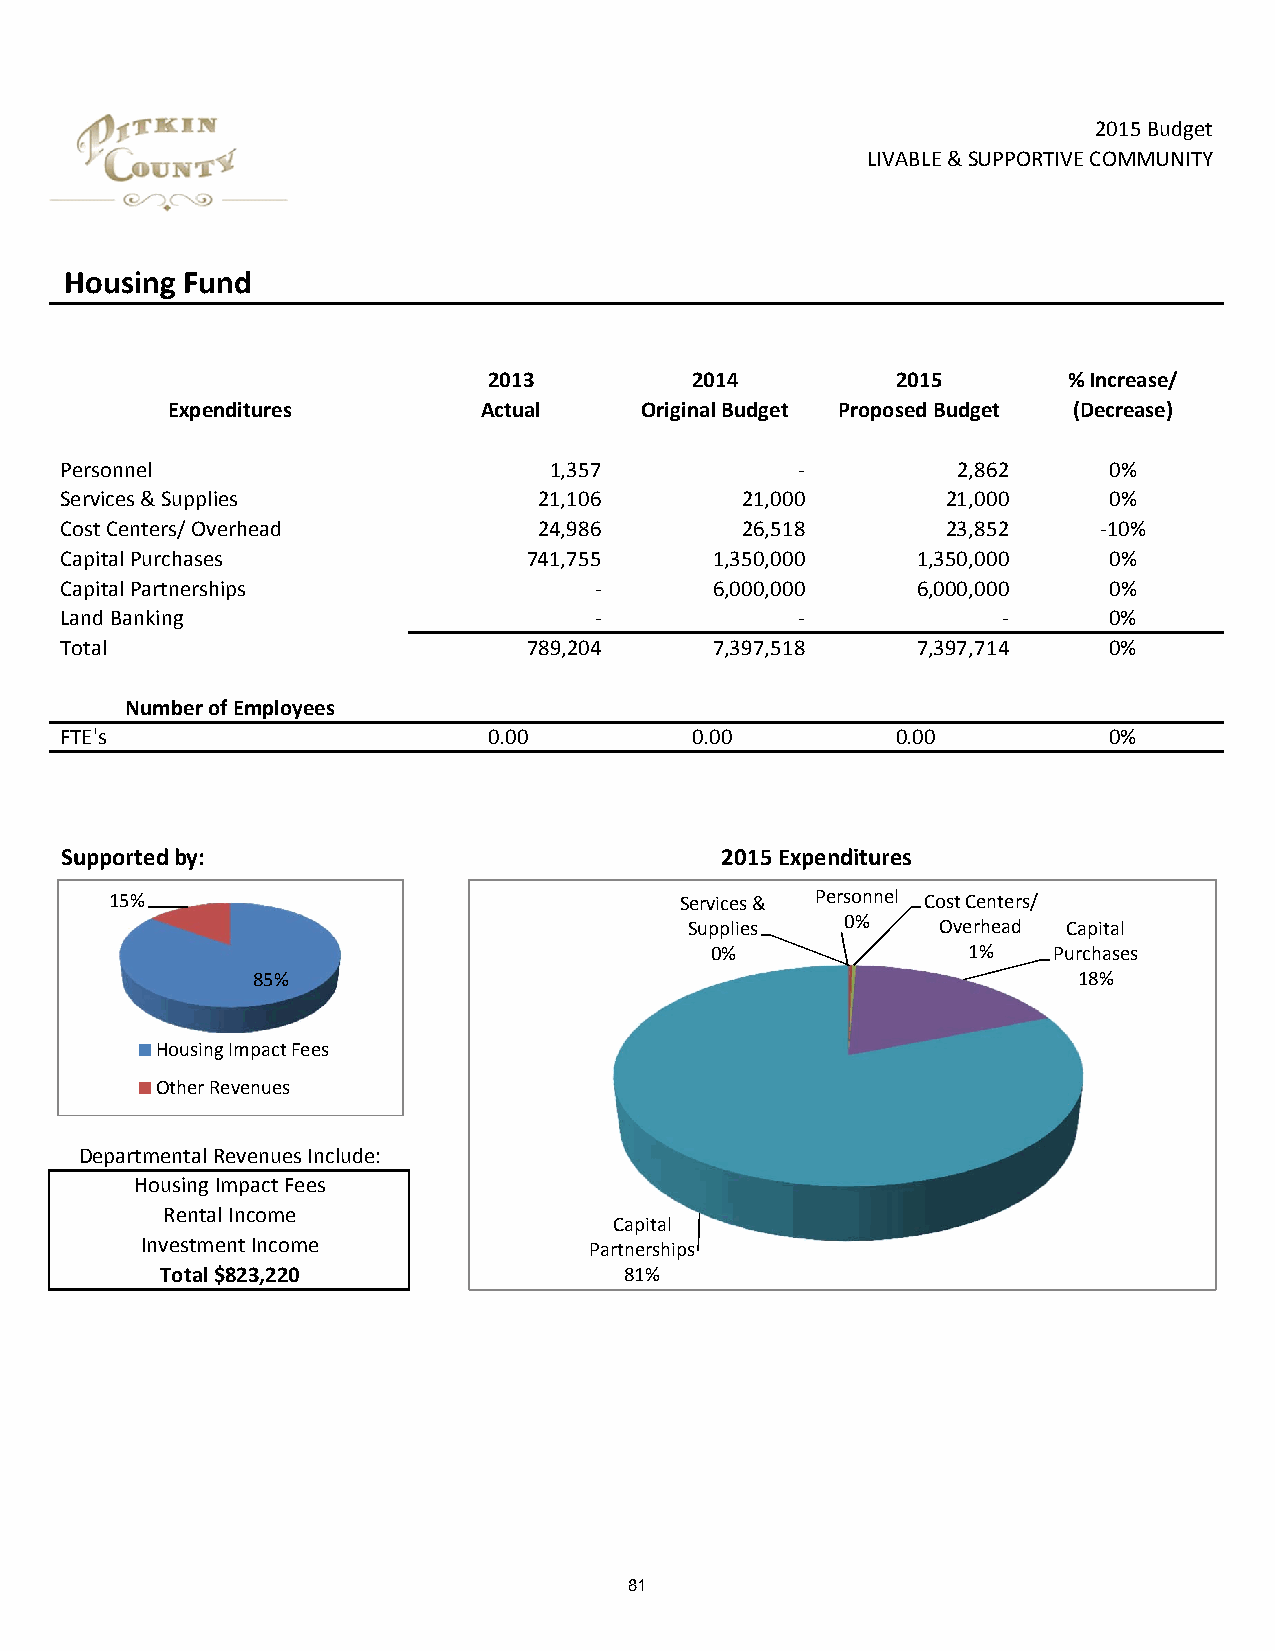
2015 Budget
 LIVABLE & SUPPORTIVE COMMUNITY
 Housing Fund
 2013          2014         2015        % Increase/
 Expenditures         Actual    Original Budget Proposed Budget (Decrease)
 Personnel                       1,357            ‐         2,862     0%
 Services & Supplies             21,106       21,000        21,000    0%
 Cost Centers/ Overhead          24,986       26,518        23,852    ‐10%
 Capital Purchases              741,755     1,350,000     1,350,000   0%
 Capital Partnerships               ‐       6,000,000     6,000,000   0%
 Land Banking                       ‐             ‐            ‐      0%
 Total                          789,204     7,397,518     7,397,714   0%
 Number of Employees
 FTE's                       0.00          0.00         0.00          0%
 Supported by:                               2015 Expenditures
 15%                                   Services & Personnel Cost Centers/
 Supplies  0%    Overhead Capital
 0%               1%    Purchases
 85%                                                   18%
 Housing Impact Fees
 Other Revenues
 Departmental Revenues Include:
 Housing Impact Fees
 Rental Income
 Capital
 Investment Income             Partnerships
 Total $823,220                81%
 81